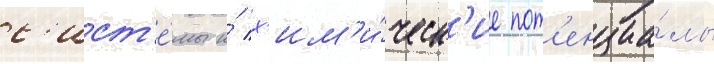
с'ист'е́мы и́ х'им'и́ческ'ие пот'енциа́лы